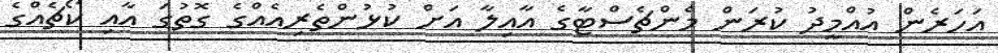
އަހަރެން އުއްމީދު ކުރަން މެންޗެސްޓާގެ އާއިލާ އަށް ކުޅުންތެރިއެއްގެ ގޮތުގަ އާއި ކޯޗެއްގެ